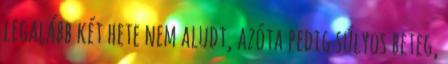
legalább két hete nem aludt, azóta pedig súlyos beteg,